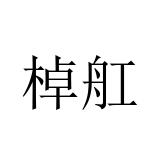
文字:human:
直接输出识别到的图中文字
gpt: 棹舡